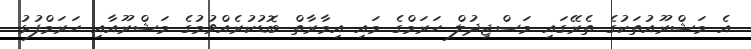
އެ މަޝްރޫއުތަކުގެ ތެރޭގައި މަސްޖިދުލް ހަރަމްގެ މައި އިމާރާތް ބޮޑުކުރެއްވުމުގެ މަޝްރޫއާއި ހަރަމްފުޅު